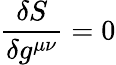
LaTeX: {\frac{\delta S}{\delta g^{\mu\nu}}}=0